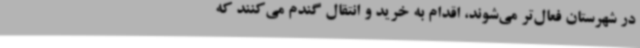
در شهرستان فعال‌تر می‌شوند، اقدام به خرید و انتقال گندم می‌کنند که